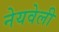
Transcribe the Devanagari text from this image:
नेयवेली